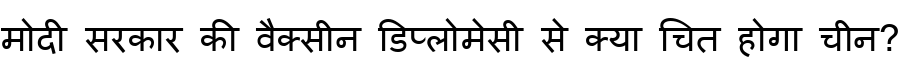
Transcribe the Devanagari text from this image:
मोदी सरकार की वैक्सीन डिप्लोमेसी से क्या चित होगा चीन?